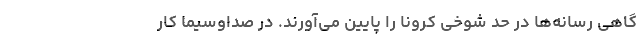
گاهی رسانه‌ها در حد شوخی کرونا را پایین می‌آورند. در صداوسیما کار